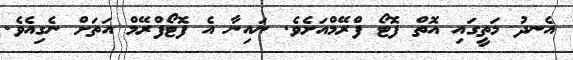
އެނދު މަތީގައި އޮތް ފޮޓޯ ފްރޭމްއަށެވެ. ނައިނާ އެ ފޮޓޯފްރޭމް އަތަށް ނެގިއެވެ.